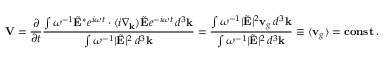
{ \bf V } = \frac { \partial } { \partial t } \frac { \int \omega ^ { - 1 } \tilde { \bf E } ^ { * } e ^ { i \omega t } \cdot ( i { \nabla } _ { \bf k } ) \tilde { \bf E } e ^ { - i \omega t } \, d ^ { 3 } { \bf k } } { \int \omega ^ { - 1 } | \tilde { \bf E } | ^ { 2 } \, d ^ { 3 } { \bf k } } = \frac { \int \omega ^ { - 1 } | \tilde { \bf E } | ^ { 2 } { \bf v } _ { g } \, d ^ { 3 } { \bf k } } { \int \omega ^ { - 1 } | \tilde { \bf E } | ^ { 2 } \, d ^ { 3 } { \bf k } } \equiv \langle { \bf v } _ { g } \rangle = { \bf c o n s t } \, .